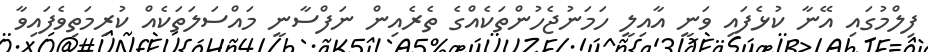
ފިލްމުގައި އޭނާ ކުޅެފައި ވަނީ އާއިލީ ހަމަނުޖެހުންތަކެއްގެ ތެރެއިން ނަފްސާނީ މައްސަލަތަކެއް ކުރިމަތިވެފައިވާ